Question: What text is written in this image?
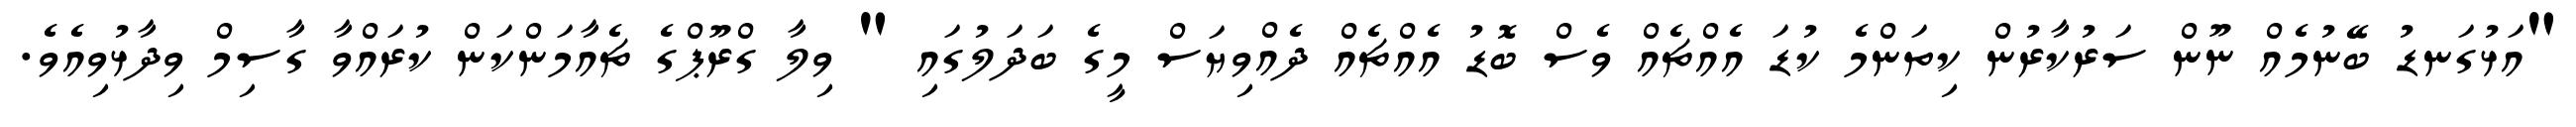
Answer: "އަޅުގަނޑު ބޭނުމެއް ނޫން ސަރުކާރުން ކިތަންމެ ކުޑަ އެއްޗެއް ވެސް ބޮޑު އެއްޗެއް ދެއްވިޔަސް މީގެ ބަދަލުގައި " ވިލާ ގްރޫޕްގެ ޗެއާމަންކަން ކުރައްވާ ގާސިމް ވިދާޅުވިއެވެ.